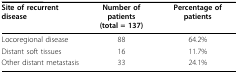
| Site of recurrent disease | Number of patients(total = 137) | Percentage of patients |
 | --- | --- | --- |
 | Locoregional disease | 88 | 64.2% |
 | Distant soft tissues | 16 | 11.7% |
 | Other distant metastasis | 33 | 24.1% |